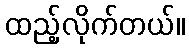
ထည့်လိုက်တယ်။